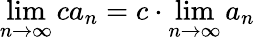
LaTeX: \operatorname*{lim}_{n\to\infty}ca_{n}=c\cdot\operatorname*{lim}_{n\to\infty}a_{n}